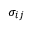
\sigma _ { i j }